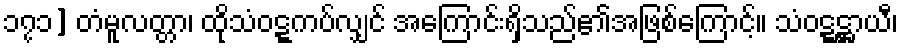
၁၇၁] တံမူလတ္တာ၊ ထိုသံဝဋ္ဋကပ်လျှင် အကြောင်းရှိသည်၏အဖြစ်ကြောင့်။ သံဝဋ္ဋဋ္ဌာယီ၊